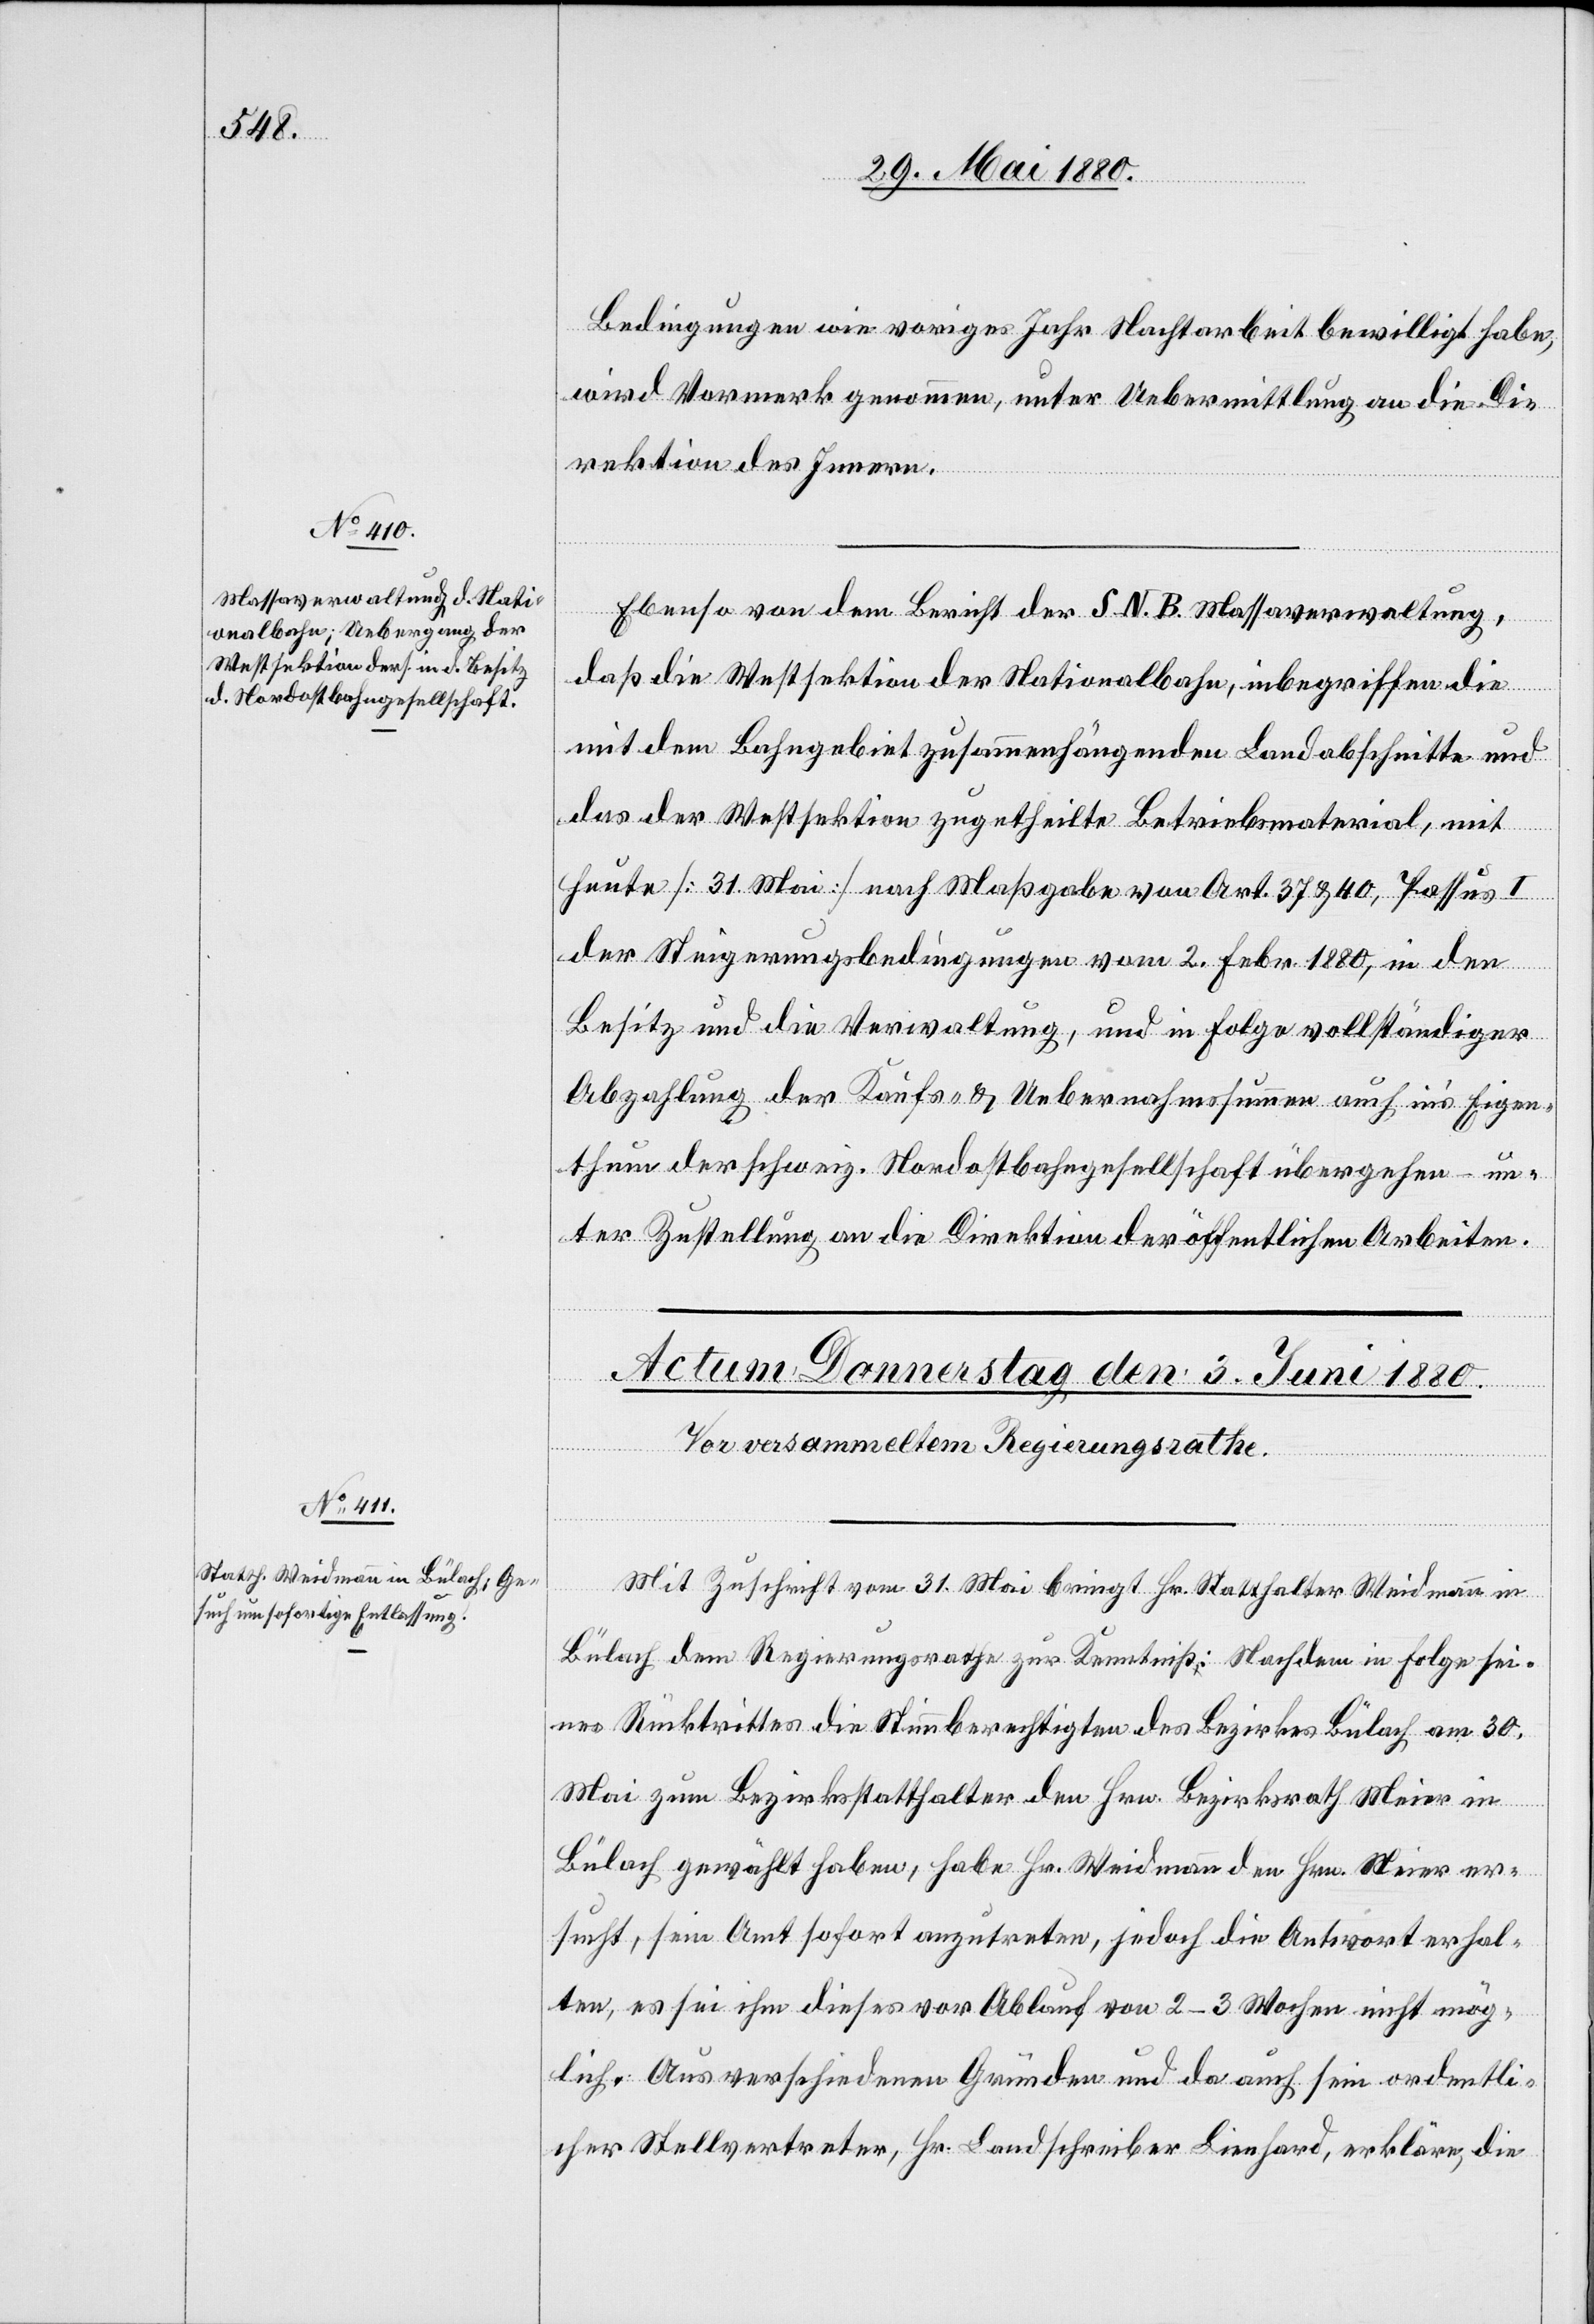
Bedingungen wie voriges Jahr Nachtarbeit bewilligt habe,
wird Vormerk genommen, unter Uebermittlung an die Di¬
rektion des Innern.
Ebenso von dem Bericht der S. N. B. Massaverwaltung,
daß die Westsektion der Nationalbahn, inbegriffen die
mit dem Bahngebiet zusammenhängenden Landabschnitte und
das der Westsektion zugetheilte Betriebsmaterial, mit
heute [31. Mai] nach Maßgabe von Art. 37 & 40, Passus I
der Steigerungsbedingungen vom 2. Febr. 1880, in den
Besitz und die Verwaltung, und in Folge vollständiger
Abzahlung der Kaufs- & Uebernahmssumme auch in’s Eigen¬
thum der schweiz. Nordostbahngesellschaft übergehen – un¬
ter Zustellung an die Direktion der öffentlichen Arbeiten.
1.
Juni
Mit Zuschrift vom 31. Mai bringt Hr. Statthalter Weidmann in
Bülach dem Regierungsrathe zur Kenntniß: Nachdem in Folge sei¬
nes Rücktrittes die Stimmberechtigten des Bezirkes Bülach am 30.
Mai zum Bezirksstatthalter den Hrn. Bezirksrath Meier in
Bülach gewählt haben, habe Hr. Weidmann den Hrn. Meier er¬
sucht, sein Amt sofort anzutreten, jedoch die Antwort erhal¬
ten, es sei ihm dieses vor Ablauf von 2–3 Wochen nicht mög¬
lich. Aus verschiedenen Gründen und da auch sein ordentli¬
cher Stellvertreter, Hr. Landschreiber Lienhard, erkläre, die